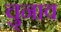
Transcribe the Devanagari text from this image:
चु्नाव